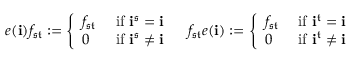
\begin{array} { r l r } & { e ( \mathbf { i } ) f _ { \mathfrak { s } \mathfrak { t } } : = \left\{ \begin{array} { l l } { f _ { \mathfrak { s } \mathfrak { t } } } & { \mathrm { ~ i f ~ } \mathbf { i } ^ { \mathfrak { s } } = \mathbf { i } } \\ { 0 } & { \mathrm { ~ i f ~ } \mathbf { i } ^ { \mathfrak { s } } \neq \mathbf { i } } \end{array} \right. } & { f _ { \mathfrak { s } \mathfrak { t } } e ( \mathbf { i } ) : = \left\{ \begin{array} { l l } { f _ { \mathfrak { s } \mathfrak { t } } } & { \mathrm { ~ i f ~ } \mathbf { i } ^ { \mathfrak { t } } = \mathbf { i } } \\ { 0 } & { \mathrm { ~ i f ~ } \mathbf { i } ^ { \mathfrak { t } } \neq \mathbf { i } } \end{array} \right. } \end{array}